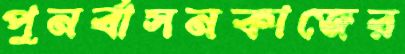
পুনর্বাসনকাজের